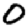
Digit: 0